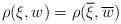
LaTeX: \begin{align*}\rho(\xi, w) = \rho(\overline{\xi}, \overline{w})\end{align*}